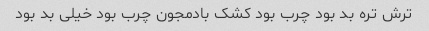
ترش تره بد بود چرب بود کشک بادمجون چرب بود خیلی بد بود